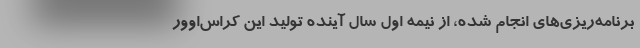
برنامه‌ریزی‌های انجام شده، از نیمه اول سال آینده‌ تولید این کراس‌اوور